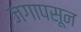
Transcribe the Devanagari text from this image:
जगापसून